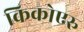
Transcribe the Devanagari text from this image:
किकोएरु